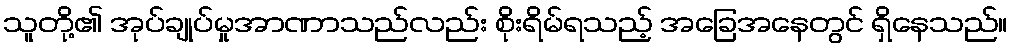
သူတို့၏ အုပ်ချုပ်မှုအာဏာသည်လည်း စိုးရိမ်ရသည့် အခြေအနေတွင် ရှိနေသည်။